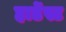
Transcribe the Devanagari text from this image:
हार्डेस्ट